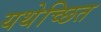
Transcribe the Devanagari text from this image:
यथेच्छित